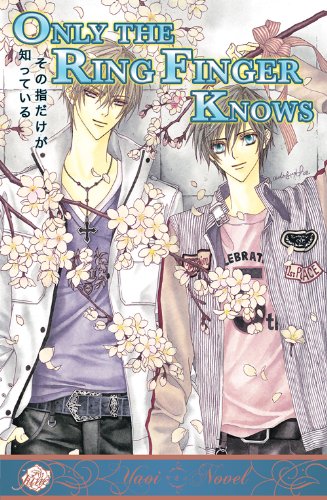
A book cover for Only the Ring Finger Knows Vol. 5; Satoru Kannagi; Romance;